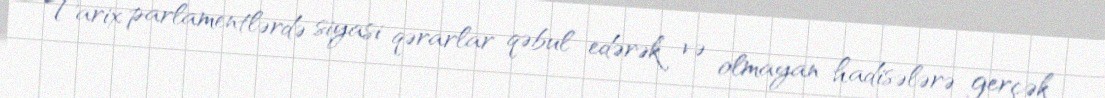
Tarix parlamentlərdə siyasi qərarlar qəbul edərək və olmayan hadisələrə gerçək